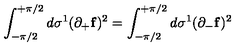
\int _ { - \pi / 2 } ^ { + \pi / 2 } d \sigma ^ { 1 } ( \partial _ { + } { \bf f } ) ^ { 2 } = \int _ { - \pi / 2 } ^ { + \pi / 2 } d \sigma ^ { 1 } ( \partial _ { - } { \bf f } ) ^ { 2 }